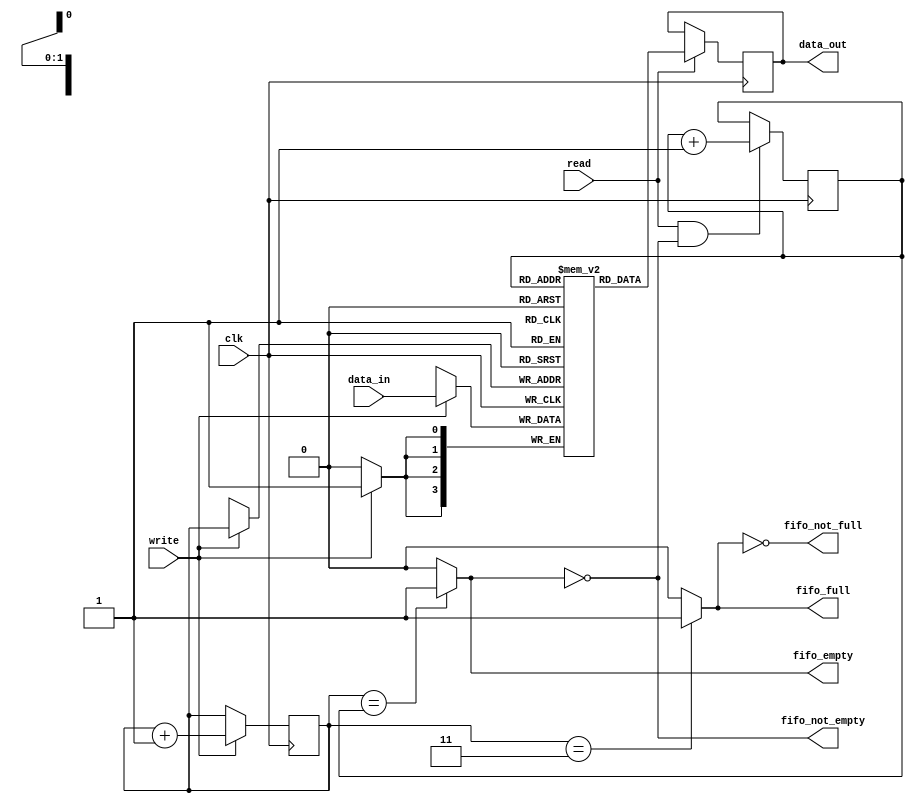
module fifo #(
    parameter WIDTH = 4,
    parameter DEPTH = 4
)(
    input [WIDTH-1:0] data_in,
    input wire clk,
    input wire write,
    input wire read,
    output reg [WIDTH-1:0] data_out,
    output wire fifo_full,
    output wire fifo_empty,
    output wire fifo_not_empty,
    output wire fifo_not_full
);


    reg [WIDTH-1:0] memory [0:DEPTH-1];

    reg [$clog2(DEPTH)-1:0] write_ptr;
    reg [$clog2(DEPTH)-1:0] read_ptr;

    initial begin
    
        write_ptr = 0;
        read_ptr = 0;

        
        if ( WIDTH <= 0 ) begin
            $error("%m ** Illegal condition **, you used %d WIDTH", WIDTH);
        end
       
        if ( DEPTH <= 0) begin
            $error("%m ** Illegal condition **, you used %d DEPTH", DEPTH);
        end

    end

    assign fifo_empty   = ( write_ptr == read_ptr ) ? 1'b1 : 1'b0;
    assign fifo_full    = ( write_ptr == (DEPTH-1) ) ? 1'b1 : 1'b0;
    assign fifo_not_empty = ~fifo_empty;
    assign fifo_not_full = ~fifo_full;

    always @ (posedge clk) begin

        if ( write ) begin
            memory[write_ptr] <= data_in;
        end

        if ( read ) begin
            data_out <= memory[read_ptr];
        end

    end

    always @ ( posedge clk ) begin
        if ( write ) begin
            write_ptr <= write_ptr + 1;
        end

        if ( read && fifo_not_empty ) begin
            read_ptr <= read_ptr + 1;
        end
    end

endmodule